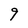
Character: 9